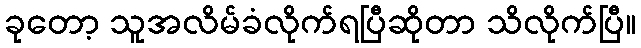
ခုတော့ သူအလိမ်ခံလိုက်ရပြီဆိုတာ သိလိုက်ပြီ။